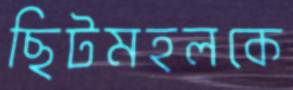
ছিটমহলকে